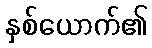
နှစ်ယောက်၏